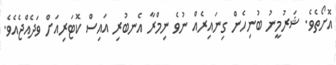
އޮށޯތެވެ. ޝަރުމީނު ބުނިހެން ގިނައިރެއް ނުވެ ނިމްރާ އެނބުރި އައިސް ކޮޓަރިއަށް ވަދެއްޖެއެވެ.